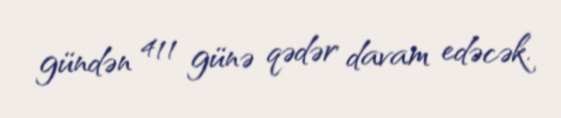
gündən 411 günə qədər davam edəcək.